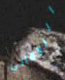
الروماني